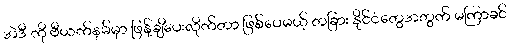
အဲဒီ ကို ဗီယက်နမ်မှာ ဖြန့်ချိပေးလိုက်တာ ဖြစ်ပေမယ့် တခြား နိုင်ငံတွေအတွက် မကြာခင်